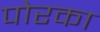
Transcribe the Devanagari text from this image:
पोरका